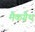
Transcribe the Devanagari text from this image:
मैकग्रैथ